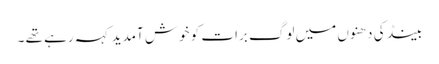
بینڈ کی دھنوں میں لوگ برات کو خوش آمدید کہہ رہے تھے ۔